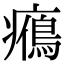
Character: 𤻉